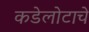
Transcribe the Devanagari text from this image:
कडेलोटाचे